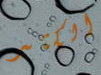
الكثير